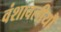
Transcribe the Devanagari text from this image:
वंशावलीयौं